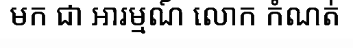
មក ជា អារម្មណ៍ លោក កំណត់